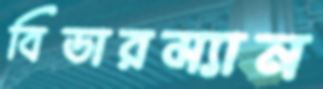
বিডারম্যান